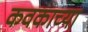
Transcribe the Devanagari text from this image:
कवकाच्या